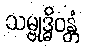
သမ္ဗုဒ္ဓိဝန္တံ